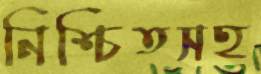
নিশ্চিতসহ